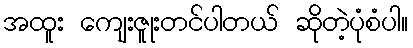
အထူး ကျေးဇူုးတင်ပါတယ် ဆိုတဲ့ပုံစံပါ။